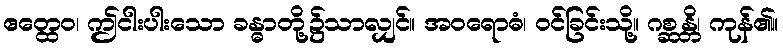
ဧတ္ထေဝ၊ ဤငါးပါးသော ခန္ဓာတို့၌သာလျှင်။ အဝရောဓံ၊ ဝင်ခြင်းသို့။ ဂစ္ဆန္တိ၊ ကုန်၏။